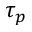
\tau _ { p }